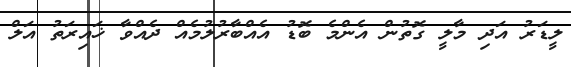
ލީޑަރު އަދި މާލީ ގޮތުން އެންމެ ބޮޑު އެއްބާރުލުމެއް ދެއްވާ ޚައިރަތު އަލް